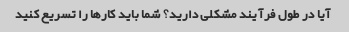
آیا در طول فرآیند مشکلی دارید؟ شما باید کارها را تسریع کنید